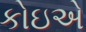
કોઇએ